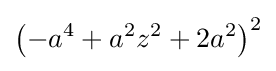
\left(-a^{4}+a^{2}z^{2}+2a^{2}\right)^{2}